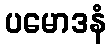
ပမောဒနံ